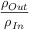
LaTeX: { \frac { \rho _ { O u t } } { \rho _ { I n } } } \,